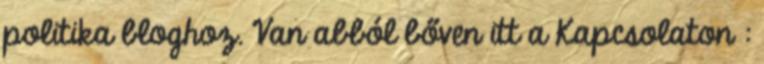
politika bloghoz. Van abból bőven itt a Kapcsolaton :